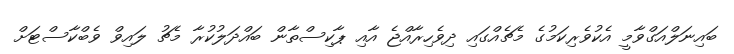
ބައިނަލްއަގްވާމީ އެކުވެރިކަމުގެ މެޗެއްގައި ދިވެހިރާއްޖެ އާއި ޕާކިސްތާން ބައްދަލުކުރާ މެޗު ލައިވް ވެބްކާސްޓަށް